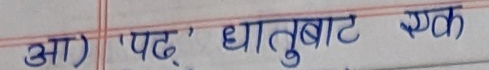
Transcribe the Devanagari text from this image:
आ) ‘पढ्‌’ धातुबाट एक